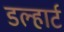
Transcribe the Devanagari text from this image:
डल्हार्ट